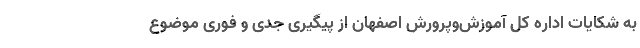
به شکایات اداره کل آموزش‌وپرورش اصفهان از پیگیری جدی و فوری موضوع